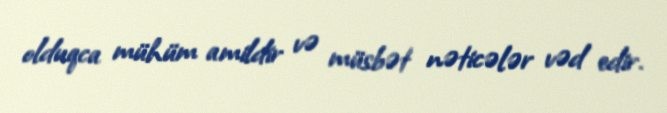
olduqca mühüm amildir və müsbət nəticələr vəd edir.